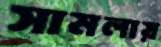
সামলায়